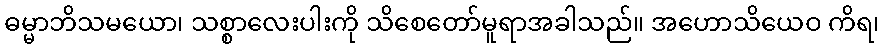
ဓမ္မာဘိသမယော၊ သစ္စာလေးပါးကို သိစေတော်မူရာအခါသည်။ အဟောသိယေဝ ကိရ၊